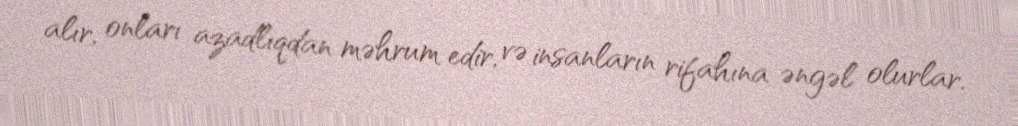
alır, onları azadlıqdan məhrum edir, və insanların rifahına əngəl olurlar.